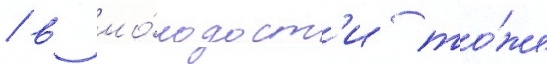
/ в мо́лодост'и то́же